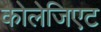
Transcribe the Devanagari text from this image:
कोलेजिएट